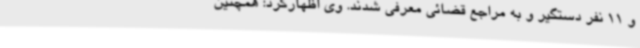
و 11 نفر دستگیر و به مراجع قضائی معرفی شدند. وی اظهارکرد: همچنین